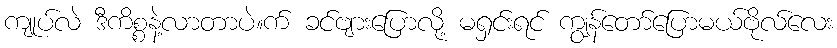
ကျုပ်လဲ ဒီကိစ္စနဲ့လာတာပဲ။က် ခင်ဗျားပြောလို့ မရှင်းရင် ကျွန်တော်ပြောမယ်ဗိုလ်လေး